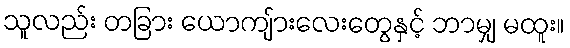
သူလည်း တခြား ယောကျ်ားလေးတွေနှင့် ဘာမျှ မထူး။